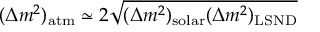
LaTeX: ( \Delta m ^ { 2 } ) _ { \mathrm { a t m } } \simeq 2 \sqrt { ( \Delta m ^ { 2 } ) _ { \mathrm { s o l a r } } ( \Delta m ^ { 2 } ) _ { \mathrm { L S N D } } }